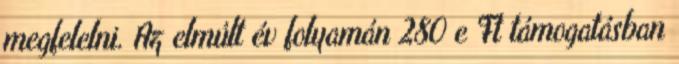
megfelelni. Az elmúlt év folyamán 280 e Ft támogatásban